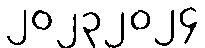
၂၀၂၃၂၀၂၄